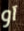
آو